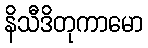
နိသီဒိတုကာမော